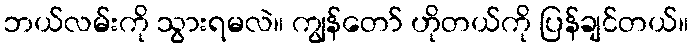
ဘယ်လမ်းကို သွားရမလဲ။ ကျွန်တော် ဟိုတယ်ကို ပြန်ချင်တယ်။